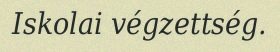
Iskolai végzettség.